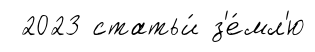
2023 статьи́ з'е́мл'ю